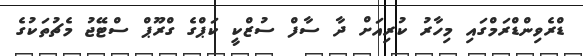
ޑްރެވިންޑްރަމްގައި މިހާރު ކުރިއަށް ދާ ސާފް ސުޒްކީ ކަޕްގެ ގްރޫޕް ސްޓޭޖު މެޗުތަކުގެ